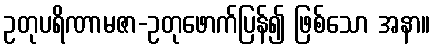
ဥတုပရိဏာမဇာ-ဥတုဖောက်ပြန်၍ ဖြစ်သော အနာ။